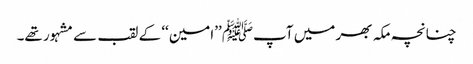
چنانچہ مکہ بھر میں آپﷺ ’’امین‘‘ کے لقب سے مشہور تھے۔